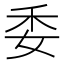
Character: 委